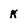
Character: k